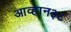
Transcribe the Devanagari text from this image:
आव्हान३८